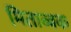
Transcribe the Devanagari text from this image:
मिताब्बक